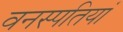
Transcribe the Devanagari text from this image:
वनस्‍पतियां